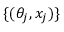
\{ ( \theta _ { j } , x _ { j } ) \}